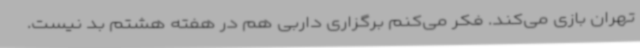
تهران بازی می‌کند. فکر می‌کنم برگزاری داربی هم در هفته هشتم بد نیست.